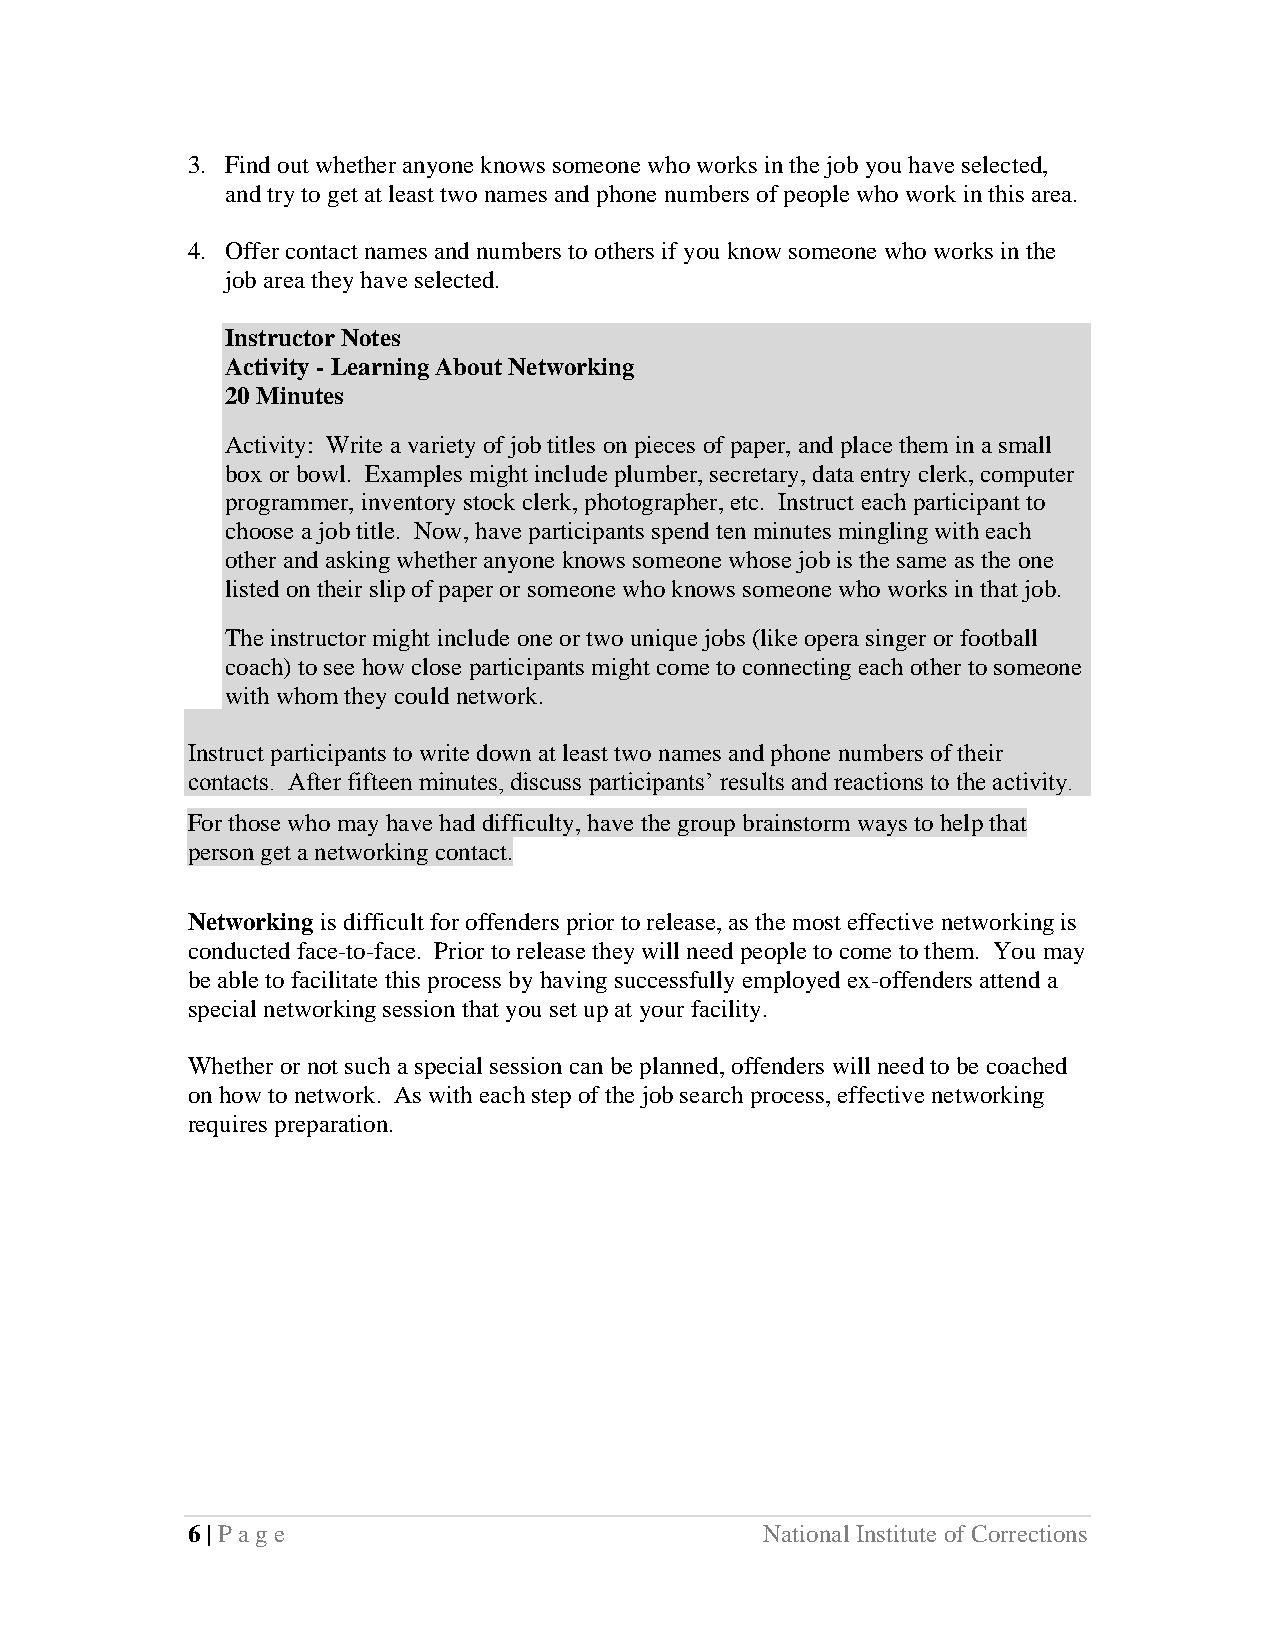
3. Find out whether anyone knows someone who works in the job you have selected,
 and try to get at least two names and phone numbers of people who work in this area.
 4. Offer contact names and numbers to others if you know someone who works in the
 job area they have selected.
 Instructor Notes
 Activity - Learning About Networking
 20 Minutes
 Activity: Write a variety of job titles on pieces of paper, and place them in a small
 box or bowl. Examples might include plumber, secretary, data entry clerk, computer
 programmer, inventory stock clerk, photographer, etc. Instruct each participant to
 choose a job title. Now, have participants spend ten minutes mingling with each
 other and asking whether anyone knows someone whose job is the same as the one
 listed on their slip of paper or someone who knows someone who works in that job.
 The instructor might include one or two unique jobs (like opera singer or football
 coach) to see how close participants might come to connecting each other to someone
 with whom they could network.
 Instruct participants to write down at least two names and phone numbers of their
 contacts. After fifteen minutes, discuss participants’ results and reactions to the activity.
 For those who may have had difficulty, have the group brainstorm ways to help that
 person get a networking contact.
 Networking is difficult for offenders prior to release, as the most effective networking is
 conducted face-to-face. Prior to release they will need people to come to them. You may
 be able to facilitate this process by having successfully employed ex-offenders attend a
 special networking session that you set up at your facility.
 Whether or not such a special session can be planned, offenders will need to be coached
 on how to network. As with each step of the job search process, effective networking
 requires preparation.
 6 | Page                               National Institute of Corrections